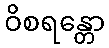
ဝိစရန္တော